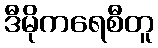
ဒီမိုကရေစီတူ